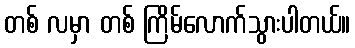
တစ် လမှာ တစ် ကြိမ်လောက်သွားပါတယ်။